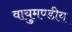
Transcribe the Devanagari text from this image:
वायुमण्डीय